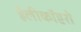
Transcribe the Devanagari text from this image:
हैलीकॉप्टरो